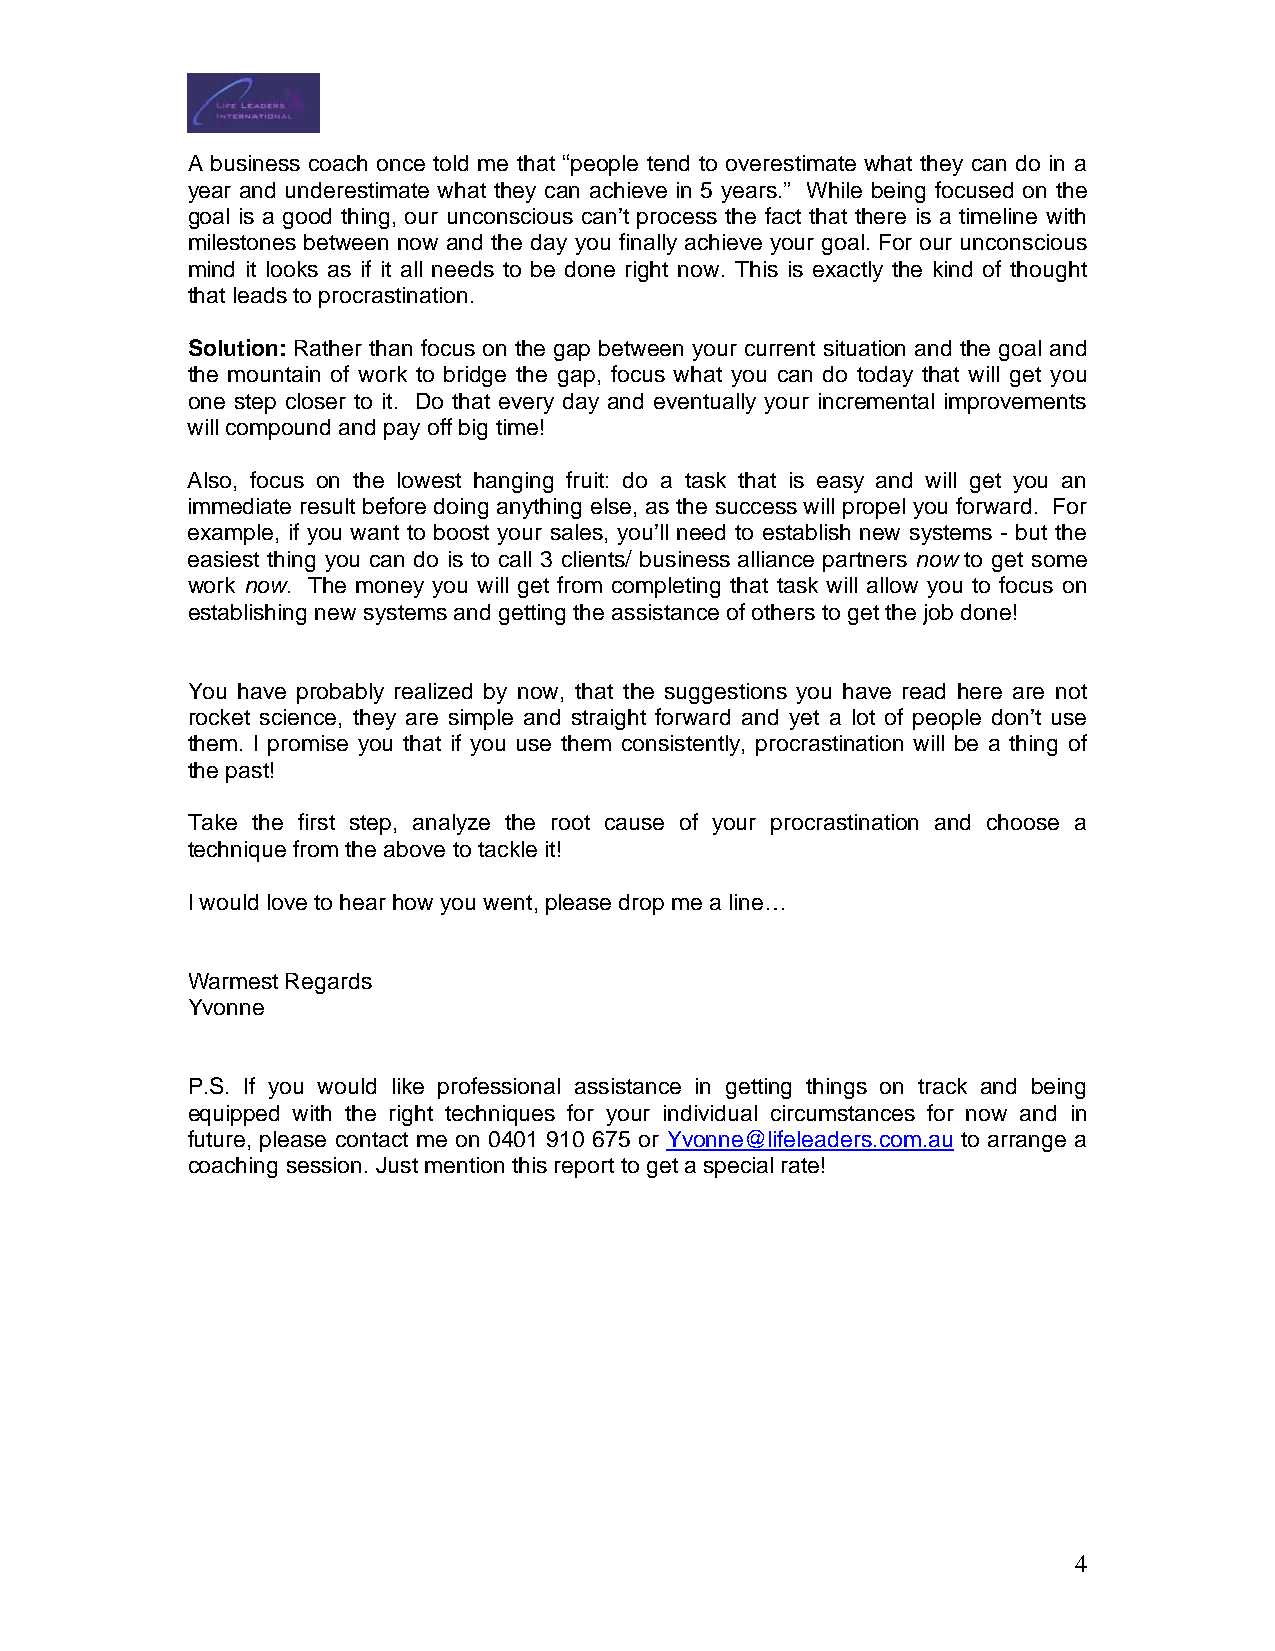
A business coach once told me that “people tend to overestimate what they can do in a
 year and underestimate what they can achieve in 5 years.” While being focused on the
 goal is a good thing, our unconscious can’t process the fact that there is a timeline with
 milestones between now and the day you finally achieve your goal. For our unconscious
 mind it looks as if it all needs to be done right now. This is exactly the kind of thought
 that leads to procrastination.
 Solution: Rather than focus on the gap between your current situation and the goal and
 the mountain of work to bridge the gap, focus what you can do today that will get you
 one step closer to it. Do that every day and eventually your incremental improvements
 will compound and pay off big time!
 Also, focus on the lowest hanging fruit: do a task that is easy and will get you an
 immediate result before doing anything else, as the success will propel you forward. For
 example, if you want to boost your sales, you’ll need to establish new systems - but the
 easiest thing you can do is to call 3 clients/ business alliance partners now to get some
 work now. The money you will get from completing that task will allow you to focus on
 establishing new systems and getting the assistance of others to get the job done!
 You have probably realized by now, that the suggestions you have read here are not
 rocket science, they are simple and straight forward and yet a lot of people don’t use
 them. I promise you that if you use them consistently, procrastination will be a thing of
 the past!
 Take the first step, analyze the root cause of your procrastination and choose a
 technique from the above to tackle it!
 I would love to hear how you went, please drop me a line…
 Warmest Regards
 Yvonne
 P.S. If you would like professional assistance in getting things on track and being
 equipped with the right techniques for your individual circumstances for now and in
 future, please contact me on 0401 910 675 or Yvonne@lifeleaders.com.au to arrange a
 coaching session. Just mention this report to get a special rate!
 4